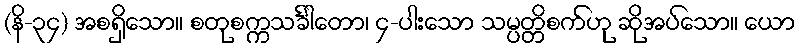
(နိ-၃၄) အစရှိသော။ စတုစက္ကသင်္ခါတော၊ ၄-ပါးသော သမ္ပတ္တိစက်ဟု ဆိုအပ်သော။ ယော